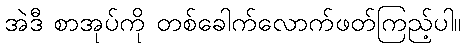
အဲဒီ စာအုပ်ကို တစ်ခေါက်လောက်ဖတ်ကြည့်ပါ။